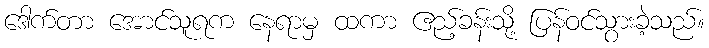
ဒေါက်တာ အောင်သူရက နေရာမှ ထကာ ဧည့်ခန်းသို့ ပြန်ဝင်သွားခဲ့သည်။